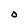
Character: O